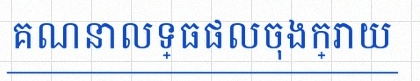
គណនាលទ្ធផលចុងក្រោយ